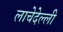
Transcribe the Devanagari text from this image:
लाचेदेल्ली